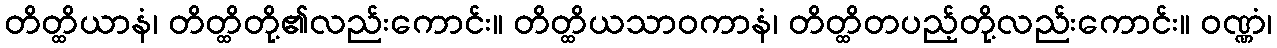
တိတ္ထိယာနံ၊ တိတ္ထိတို့၏လည်းကောင်း။ တိတ္ထိယသာဝကာနံ၊ တိတ္ထိတပည့်တို့လည်းကောင်း။ ဝဏ္ဏံ၊